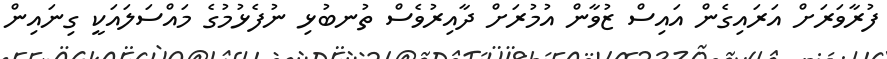
ފުރާވަރަށް އަރައިގެން އައިސް ޒުވާން އުމުރަށް ދާއިރުވެސް ތުނބުޅި ނުފެޅުމުގެ މައްސަލައަކީ ގިނައިން